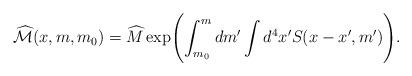
LaTeX: \begin{align*}\widehat{{\cal M}}(x, m, m_0) = \widehat{M}\exp \Biggl(\int_{m_0}^m dm' \int d^4x' S(x - x', m') \Biggr). \end{align*}